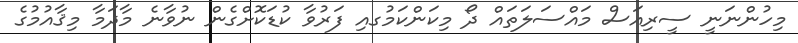
މިހުންނަނީ ސީރިއަސް މައްސަލަތައް ދޯ މިކަންކަމުގއި ފަރުވާ ކުޑަކޮށްގެން ނުވާނެ މާދަމާ މިޤާއުމުގެ